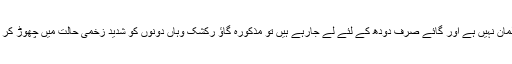
جب دونوں نے کہاکہ ہم مسلمان نہیں ہے اور گائے صرف دودھ کے لئے لے جارہے ہیں تو مذکورہ گاؤ رکشک وہاں دونوں کو شدید زخمی حالت میں چھوڑ کر سے راہ فرار اختیار رکرلی۔